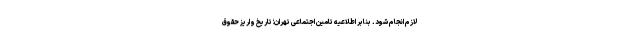
لازم انجام شود. بنابر اطلاعیه تامین اجتماعی تهران؛ تاریخ واریز حقوق